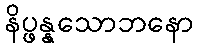
နိပ္ဖန္နသောဘနော